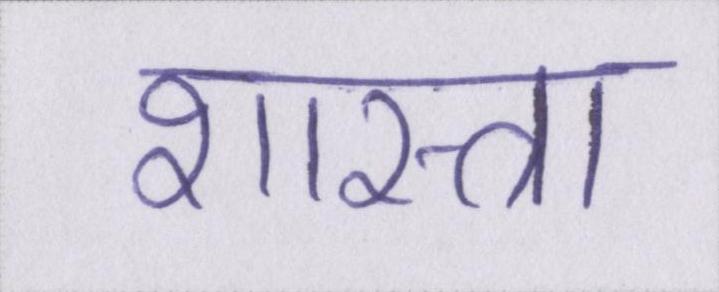
शास्त्रा